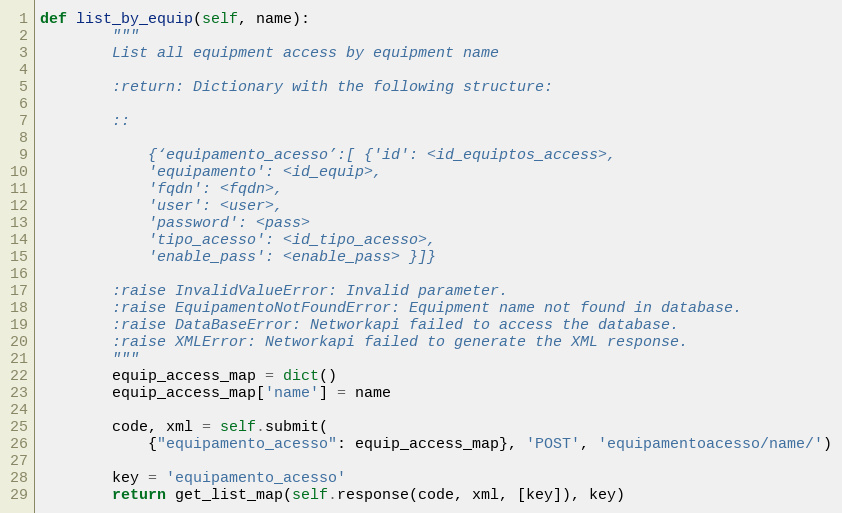
Language: Python
def list_by_equip(self, name):
        """
        List all equipment access by equipment name

        :return: Dictionary with the following structure:

        ::

            {‘equipamento_acesso’:[ {'id': <id_equiptos_access>,
            'equipamento': <id_equip>,
            'fqdn': <fqdn>,
            'user': <user>,
            'password': <pass>
            'tipo_acesso': <id_tipo_acesso>,
            'enable_pass': <enable_pass> }]}

        :raise InvalidValueError: Invalid parameter.
        :raise EquipamentoNotFoundError: Equipment name not found in database.
        :raise DataBaseError: Networkapi failed to access the database.
        :raise XMLError: Networkapi failed to generate the XML response.
        """
        equip_access_map = dict()
        equip_access_map['name'] = name

        code, xml = self.submit(
            {"equipamento_acesso": equip_access_map}, 'POST', 'equipamentoacesso/name/')

        key = 'equipamento_acesso'
        return get_list_map(self.response(code, xml, [key]), key)